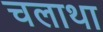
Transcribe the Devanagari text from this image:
चलाथा